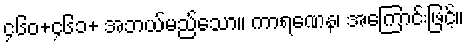
၄၆၀+၄၆၁+ အဘယ်မည်သော။ ကာရဏေန၊ အကြောင်းဖြင့်။